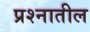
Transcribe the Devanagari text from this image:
प्रश्नातील